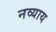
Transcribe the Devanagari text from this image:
नव्याय